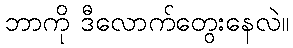
ဘာကို ဒီလောက်တွေးနေလဲ။